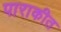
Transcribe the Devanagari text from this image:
पाराकीत